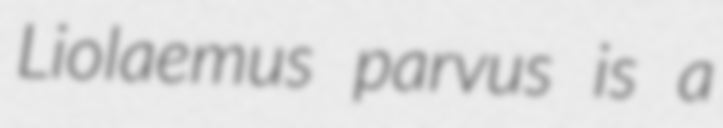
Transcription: Liolaemus parvus is a